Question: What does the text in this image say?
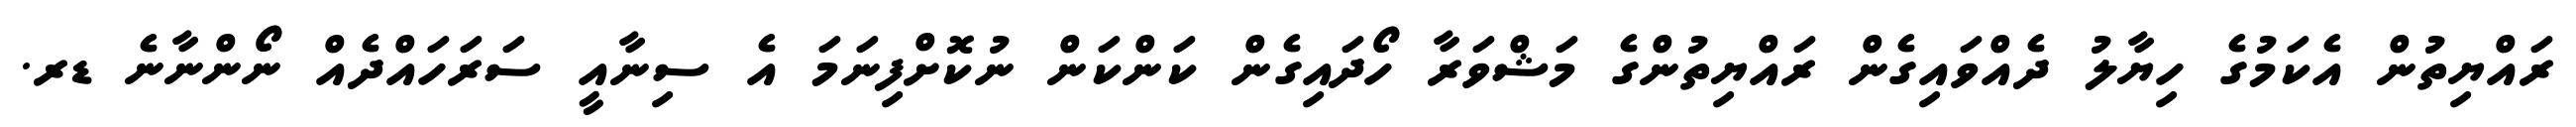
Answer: ރައްޔިތުން އެކަމުގެ ހިޔާލު ދެއްވައިގެން ރައްޔިތުންގެ މަޝްވަރާ ހޯދައިގެން ކަންކަން ނުކޮށްފިނަމަ އެ ސިނާއީ ސަރަހައްދެއް ނޯންނާނެ ޑރ.